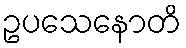
ဥပသေနောတိ